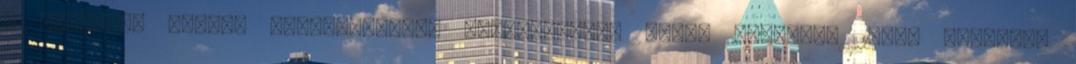
a herceget kísérő fegyvereseket egytől-egyig vízbe fojtják. 1490. november